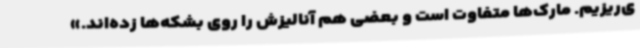
ی‌ریزیم. مارک‌ها متفاوت است و بعضی هم آنالیزش را روی بشکه‌ها زده‌اند.»